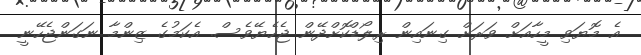
އެ މޮޔަވި މީހާއަށް ވަރަށް ގިނައިން ރިލޯޑްކޮށްދޭން ޖެހެޔޭވެސް. އެކަމުގެ ޒިންމާ ނަގަންޖެހޭނީ